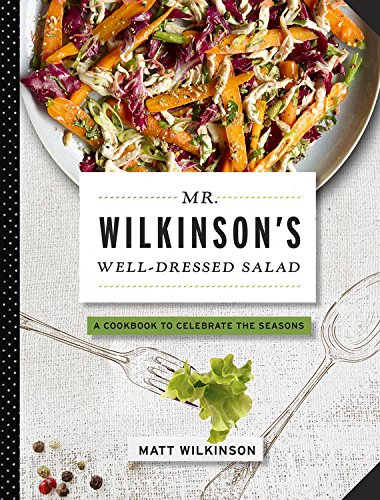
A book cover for Mr. Wilkinson's Well-Dressed Salads; Matt Wilkinson; Cookbooks, Food & Wine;